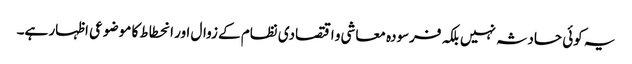
یہ کوئی حادثہ نہیں بلکہ فرسودہ معاشی و اقتصادی نظام کے زوال اور انحطاط کا مو ضوعی اظہار ہے۔